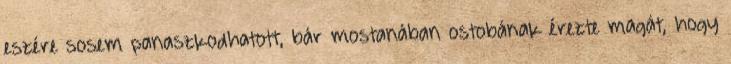
eszére sosem panaszkodhatott, bár mostanában ostobának érezte magát, hogy